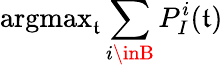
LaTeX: \operatorname{argmax}_{\mathfrak{t}}\sum_{i\inB}P_{I}^{i}(\mathfrak{t})